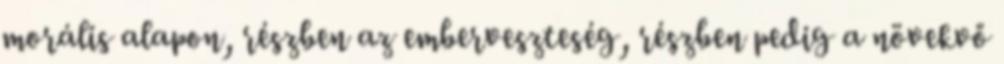
morális alapon, részben az emberveszteség, részben pedig a növekvő